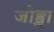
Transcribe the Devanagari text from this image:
जोङ्खा